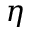
\eta